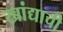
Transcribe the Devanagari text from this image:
खांद्याची